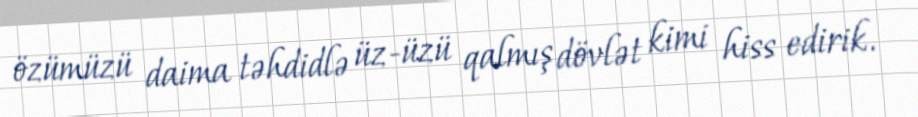
özümüzü daima təhdidlə üz-üzü qalmış dövlət kimi hiss edirik.